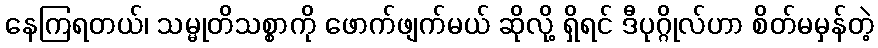
နေကြရတယ်၊ သမ္မုတိသစ္စာကို ဖောက်ဖျက်မယ် ဆိုလို့ ရှိရင် ဒီပုဂ္ဂိုလ်ဟာ စိတ်မမှန်တဲ့